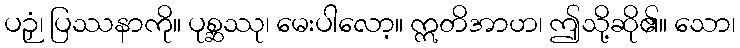
ပဉှံ၊ ပြဿနာကို။ ပုစ္ဆဿု၊ မေးပါလော့။ ဣတိအာဟ၊ ဤသို့ဆို၏။ သော၊